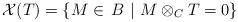
LaTeX: \begin{align*} \mathcal{X}(T)=\{M\in\mathop{}B~|~M\otimes_CT=0\} \end{align*}